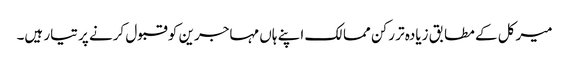
میرکل کے مطابق زیادہ تر رکن ممالک اپنے ہاں مہاجرین کو قبول کرنے پر تیار ہیں۔